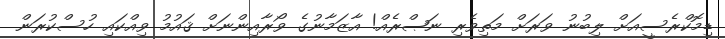
ޑިމޮކްރެސީއަށް ލިބުނު ވަރަށް މަތިވެރި ނަޞްރެއް! އާޒަމާނުގެ ވޯރާއިންނަށް ޤައުމު ވިއްކައި ހުސްކުރަން